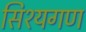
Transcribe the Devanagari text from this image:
सिश्यगण